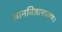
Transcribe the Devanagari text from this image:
ज्ञानविज्ञानपारग।